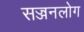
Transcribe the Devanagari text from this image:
सज्जनलोग